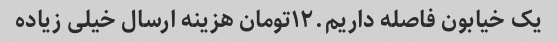
یک خیابون فاصله داریم.١٢تومان هزینه ارسال خیلی زیاده